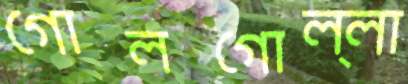
গোলগোল্লা